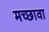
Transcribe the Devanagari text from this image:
मच्छावा